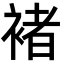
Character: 褚